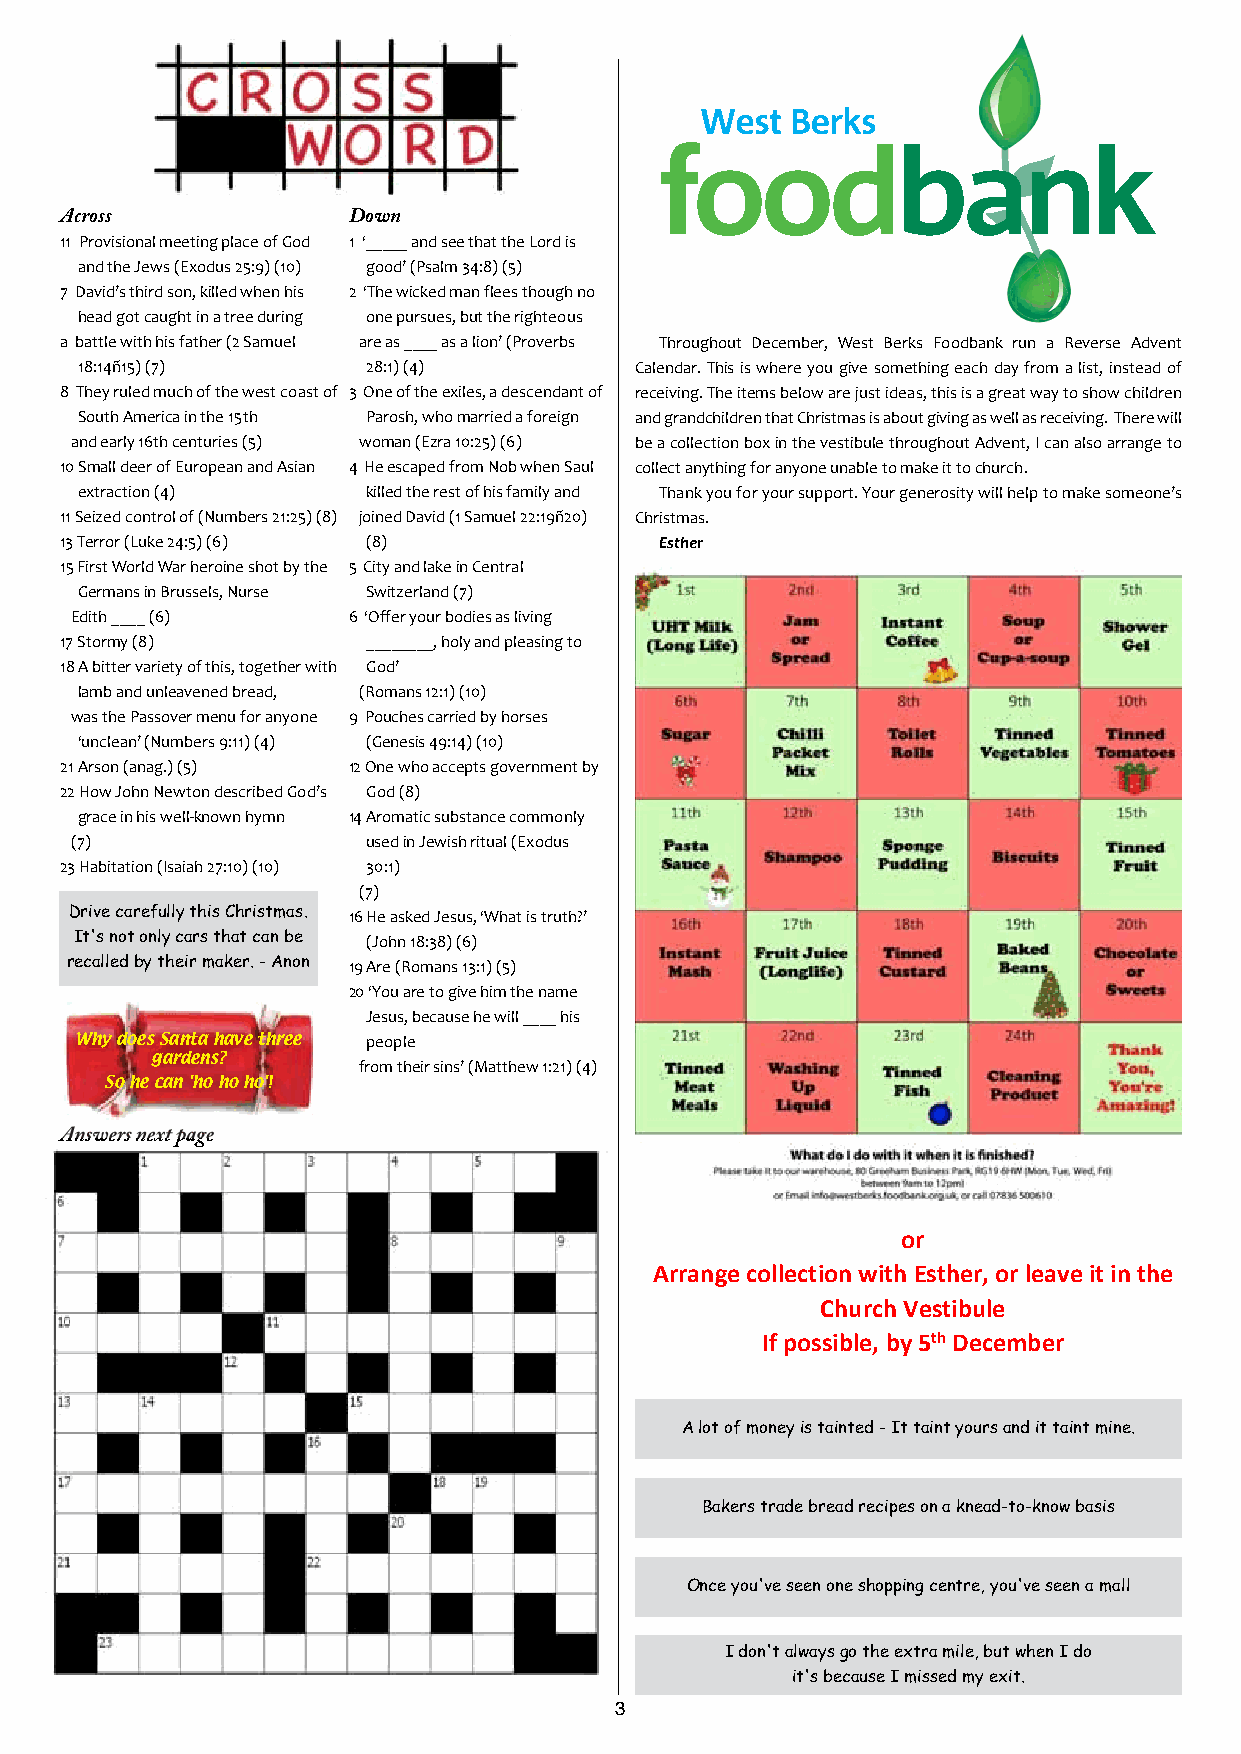
Across             Down
 11 Provisional meeting place of God 1 ‘_____ and see that the Lord is
 and the Jews (Exodus 25:9) (10) good’ (Psalm 34:8) (5)
 7 David’s third son, killed when his 2 ‘The wicked man flees though no
 head got caught in a tree during one pursues, but the righteous
 a battle with his father (2 Samuel are as ____ as a lion’ (Proverbs Throughout December, West Berks Foodbank run a Reverse Advent
 18:14ñ15) (7)      28:1) (4)         Calendar. This is where you give something each day from a list, instead of
 8 They ruled much of the west coast of 3 One of the exiles, a descendant of receiving. The items below are just ideas, this is a great way to show children
 South America in the 15th Parosh, who married a foreign and grandchildren that Christmas is about giving as well as receiving. There will
 and early 16th centuries (5) woman (Ezra 10:25) (6) be a collection box in the vestibule throughout Advent, I can also arrange to
 10 Small deer of European and Asian 4 He escaped from Nob when Saul collect anything for anyone unable to make it to church.
 extraction (4)     killed the rest of his family and Thank you for your support. Your generosity will help to make someone’s
 11 Seized control of (Numbers 21:25) (8) joined David (1 Samuel 22:19ñ20) Christmas.
 13 Terror (Luke 24:5) (6) (8)           Esther
 15 First World War heroine shot by the 5 City and lake in Central
 Germans in Brussels, Nurse Switzerland (7)
 Edith ____ (6)    6 ‘Offer your bodies as living
 17 Stormy (8)       ________, holy and pleasing to
 18 A bitter variety of this, together with God’
 lamb and unleavened bread, (Romans 12:1) (10)
 was the Passover menu for anyone 9 Pouches carried by horses
 ‘unclean’ (Numbers 9:11) (4) (Genesis 49:14) (10)
 21 Arson (anag.) (5) 12 One who accepts government by
 22 How John Newton described God’s God (8)
 grace in his well‐known hymn 14 Aromatic substance commonly
 (7)                used in Jewish ritual (Exodus
 23 Habitation (Isaiah 27:10) (10) 30:1)
 (7)
 Drive carefully this Christmas. 16 He asked Jesus, ‘What is truth?’
 It's not only cars that can be (John 18:38) (6)
 recalled by their maker. - Anon 19 Are (Romans 13:1) (5)
 20 ‘You are to give him the name
 Jesus, because he will ____ his
 Why does Santa have three people
 gardens?
 from their sins’ (Matthew 1:21) (4)
 So he can 'ho ho ho'!
 Answers next page
 or
 Arrange collection with Esther, or leave it in the
 Church Vestibule
 If possible, by 5th December
 A lot of money is tainted - It taint yours and it taint mine.
 Bakers trade bread recipes on a knead-to-know basis
 Once you've seen one shopping centre, you've seen a mall
 I don't always go the extra mile, but when I do
 it's because I missed my exit.
 3